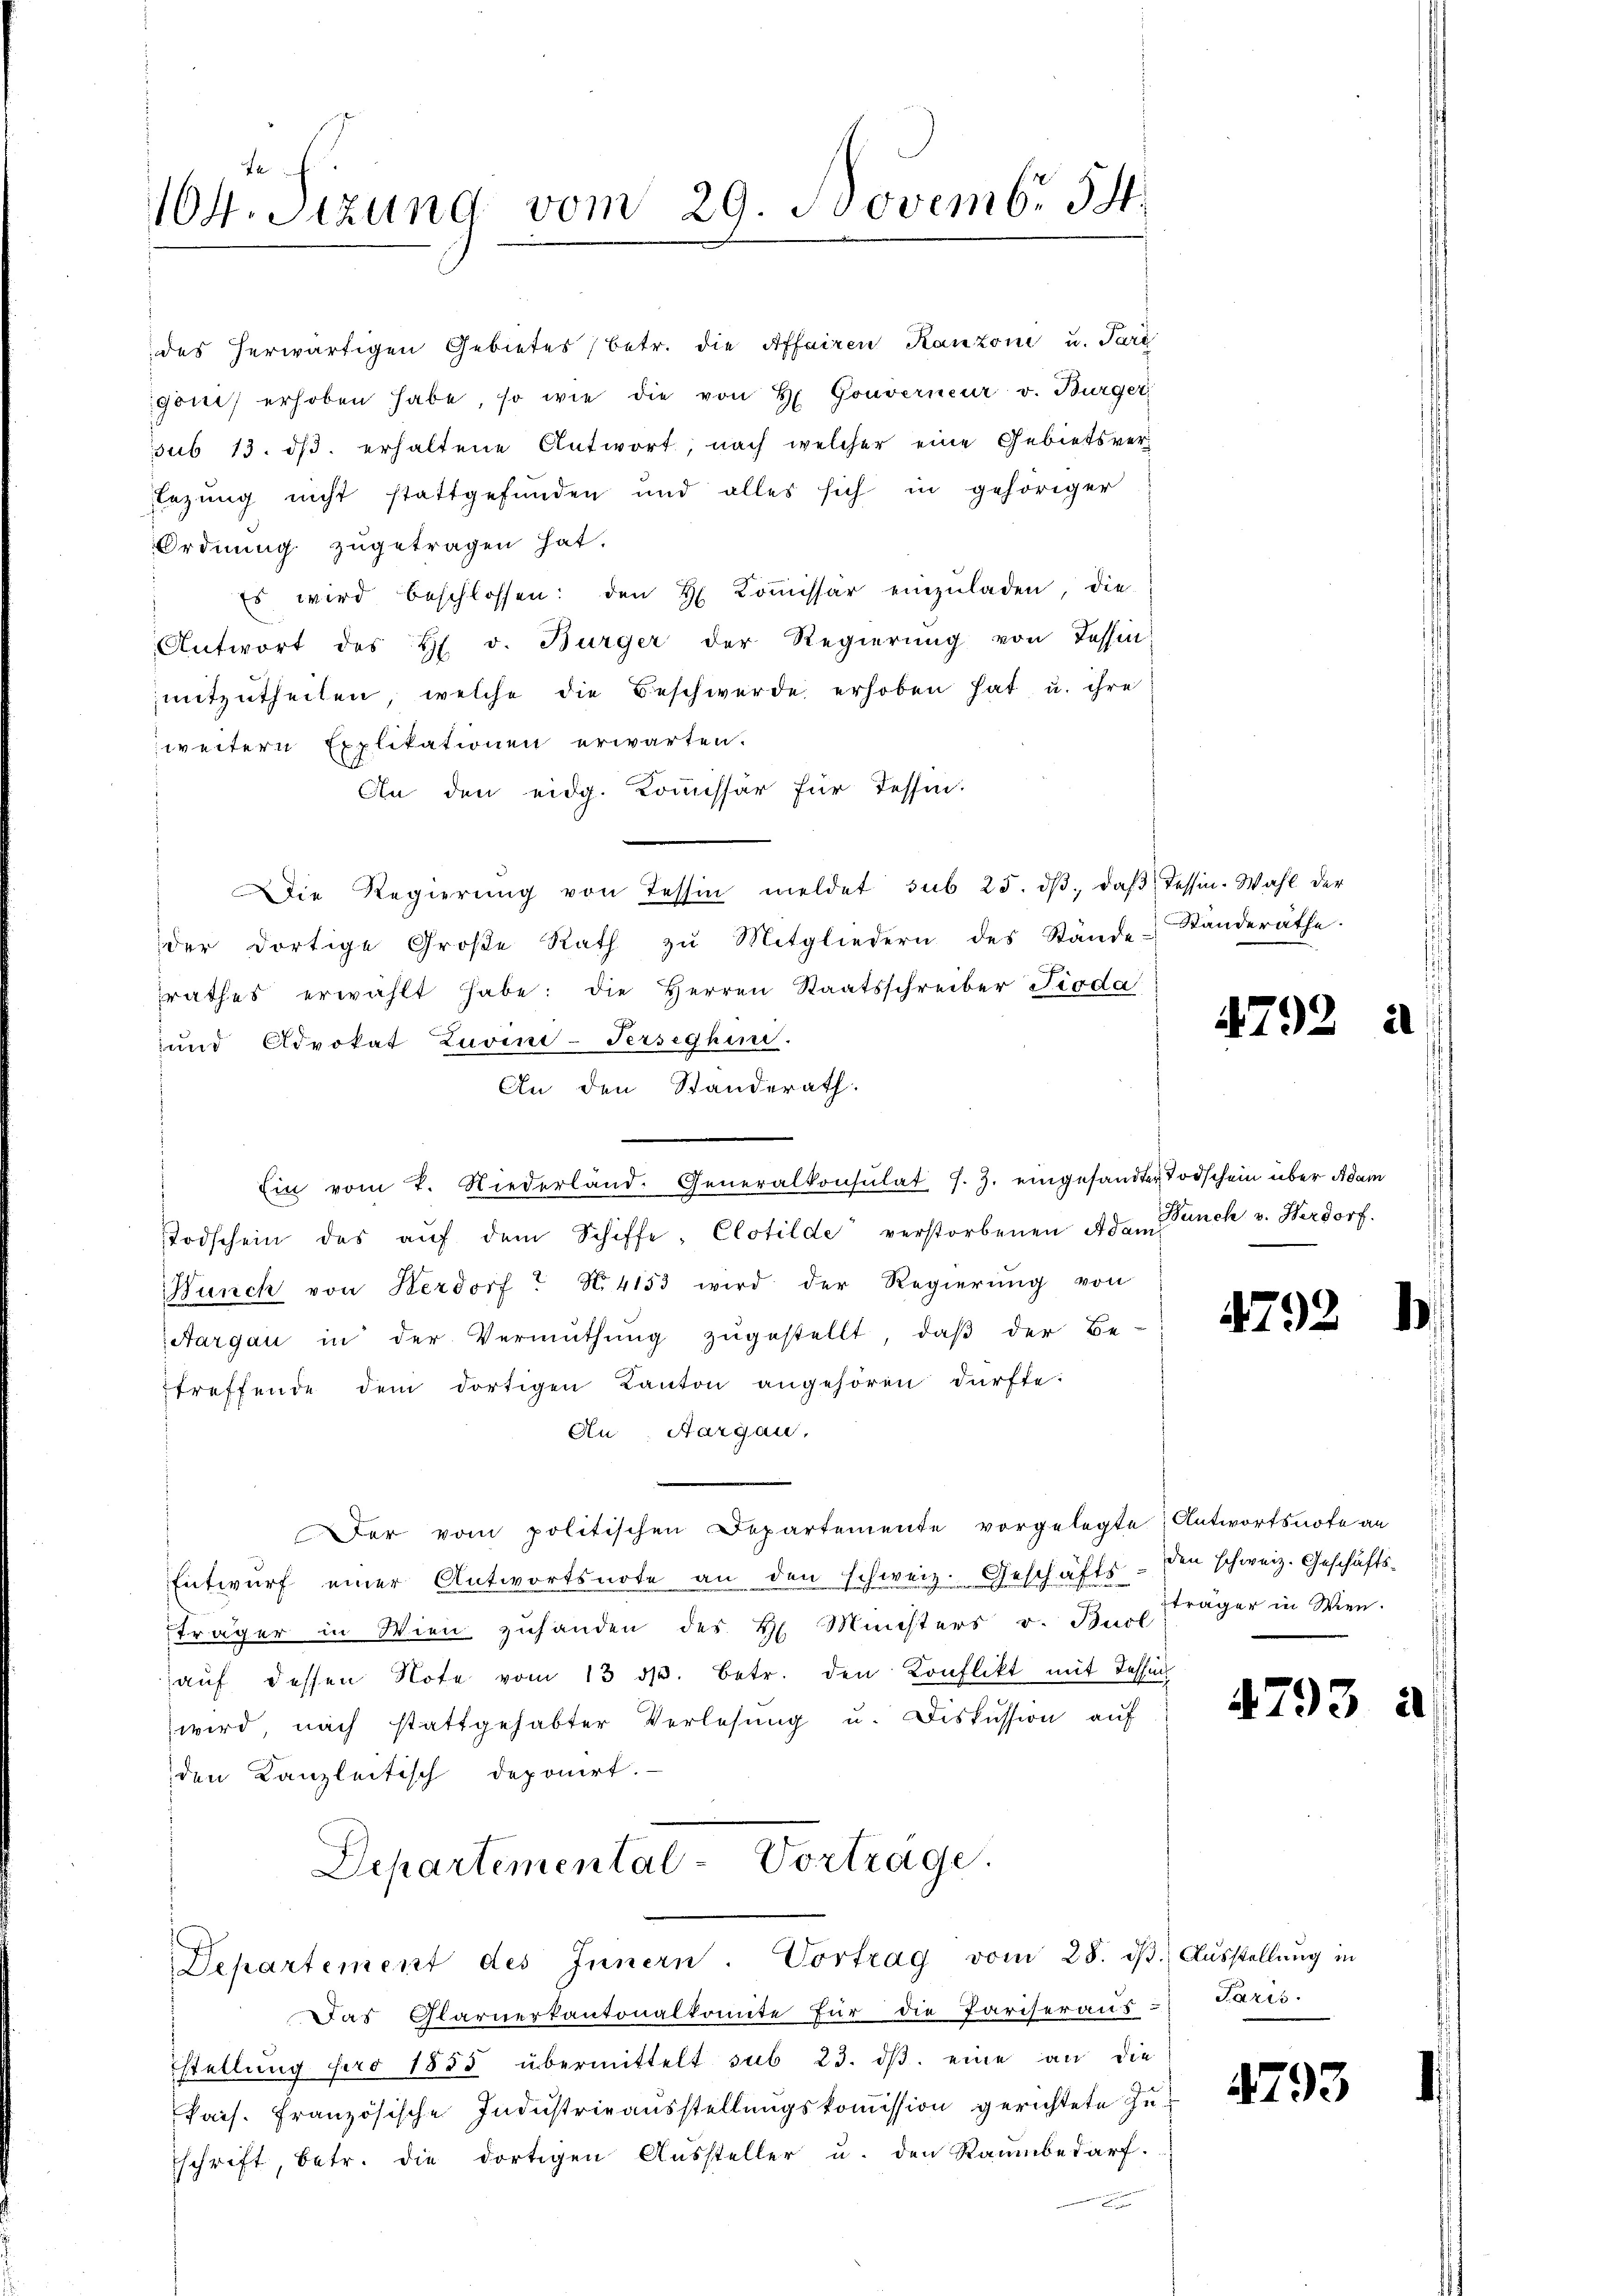
164. Sizung vom 29. Novembr 54.

des herwärtigen Gebietes (betr. die Affairen Kanzoni u. Pari
gonis erhoben habe, so wie die von H. Gouverneur v. Bürger
sub 13. dβ. erhaltene Antwort, nach welcher eine Gebietsversezung nicht stattgefunden und alles sich in gehöriger
Ordnung zugetragen hat.
Es wird beschlossen: den H. Koṁissär einzŭladen, die
Antwort des H. v. Bürger der Regierŭng von Tessin
mitzutheilen, welche die Beschwerde erhoben hat u. ihre
weitern Explikationen erwarten.
An den eidg. Kommissär für Tessin.
Die Regierŭng von Tessin meldet sub 25. dβ, daβ Tessin-Wahl der
der dortige Große Rath zŭ Mitgliedern des Stande Standeräthe.
rathes erwählt habe: die Herren Staatsschreiber Pioda
und Advokat Luvini-Ferseghini.
An den Standerath.
Ein vom 7. Niederland. Generalkonsulat J. Z. eingesandter Todschein über Adam
Todschein des aŭf dem Schiffe, Clotilde verstorbenen Adam Banch v. Herdorf,
Bünch von Herdorf. N. 4153 wird der Regierŭng von
Aargau in der Vermuthung zugestellt, daß der Be-
treffende dem dortigen Kanton angehören dürfte:
Au, Aargau.
Der vom politischen Departemente vorgelegte
Entwŭrf einer Antwortsnote an den schweiz. Geschäfts- den schweiz. Geschäfts-
träger in Wien zuhanden des H. Ministers v. Buol
aŭf dessen Note vom 13. ds. betr. den Konflikt mit Tessin
wird, nach stattgehabter Verlesung u. Diskussion auf
den Kanzleitisch deponirt.
Departemental-Vortrage.

Departement des Innern. Vortrag vom 28. dβ. Aŭsstellŭng in

Das Glarnerkantonalkomite für die Pariseraus Paris.
Estellŭng pro 1855 übermittelt sub 23. dβ. eine an die
Pais. Französische Industrieausstellungskommission gerichtete Zuschrift, betr. die dortigen Aussteller u. den Raumbedarf.

4792

4792

Antwortsnote an
träger in Wien.

4793

4793